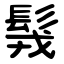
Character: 䯷